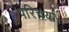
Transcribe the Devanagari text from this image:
परिचर्या।